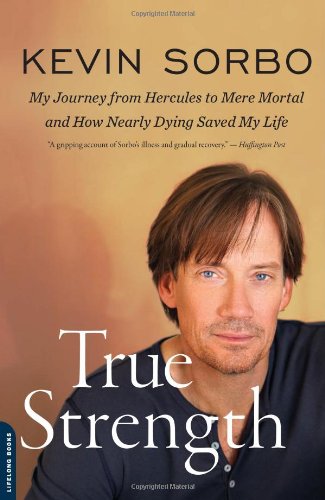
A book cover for True Strength: My Journey from Hercules to Mere Mortal--and How Nearly Dying Saved My Life; Kevin Sorbo; Health, Fitness & Dieting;